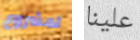
لمشروع علينا